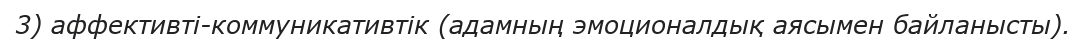
3) аффективті-коммуникативтік (адамның эмоционалдық аясымен байланысты).